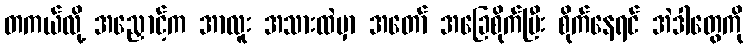
တကယ်လို့ အညှောင့်က အာလူး အသားထဲမှာ အတော် အခြေစိုက်ပြီး စိုက်နေရင် အဲဒါတွေကို